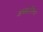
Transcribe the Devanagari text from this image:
अब्ख़ाज़िया